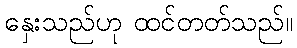
နှေးသည်ဟု ထင်တတ်သည်။